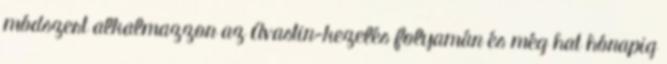
módszert alkalmazzon az Avastin-kezelés folyamán és még hat hónapig